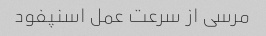
مرسی از سرعت عمل اسنپفود